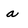
Character: a